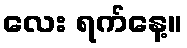
လေး ရက်နေ့။